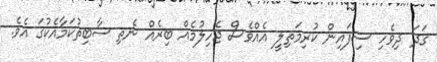
ގަދަ ދިވެހި ސިފައިން ކުރިމަތިލީ އެއްވެސް ޖެހިލުމެއް ބިރެއް ނެތި ސާބިތުކަމާއެކުގަ އެވެ.